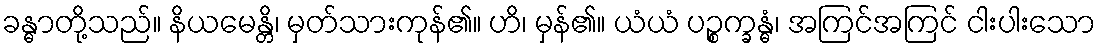
ခန္ဓာတို့သည်။ နိယမေန္တိ၊ မှတ်သားကုန်၏။ ဟိ၊ မှန်၏။ ယံယံ ပဉ္စက္ခန္ဓံ၊ အကြင်အကြင် ငါးပါးသော